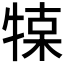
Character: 𤚦